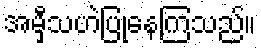
အမှီသဟဲပြုနေကြသည်။